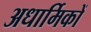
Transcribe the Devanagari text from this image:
अधार्मिकों